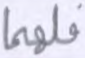
فلهما